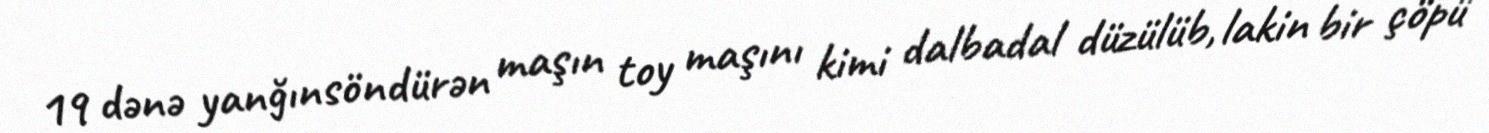
19 dənə yanğınsöndürən maşın toy maşını kimi dalbadal düzülüb, lakin bir çöpü